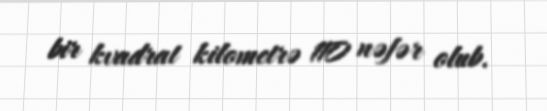
bir kvadrat kilometrə 110 nəfər olub.